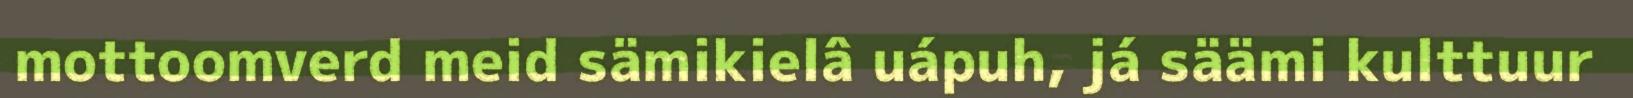
mottoomverd meid sämikielâ uápuh, já säämi kulttuur